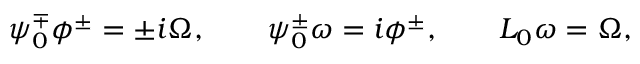
\psi _ { 0 } ^ { \mp } \phi ^ { \pm } = \pm i \Omega , \qquad \psi _ { 0 } ^ { \pm } \omega = i \phi ^ { \pm } , \qquad L _ { 0 } \omega = \Omega ,